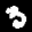
Label: 3